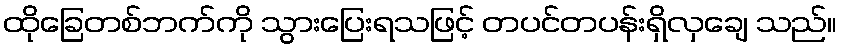
ထိုခြေတစ်ဘက်ကို သွားပြေးရသဖြင့် တပင်တပန်းရှိလှချေ သည်။